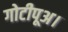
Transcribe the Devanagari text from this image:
गोटीपूअ।